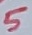
Text: 5